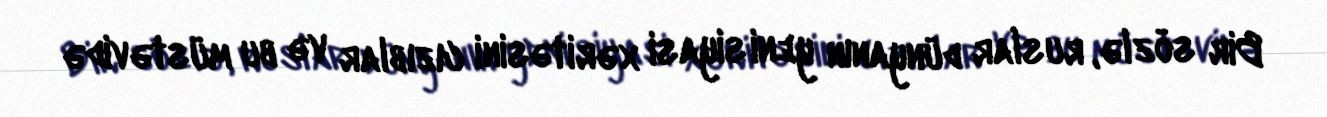
Bir sözlə, ruslar dünyanın yeni siyasi xəritəsini cızıblar və bu müstəvidə